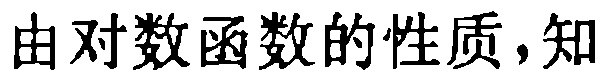
由对数函数的性质，知